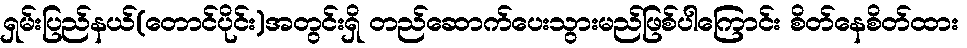
ရှမ်းပြည်နယ်(တောင်ပိုင်း)အတွင်းရှိ တည်ဆောက်ပေးသွားမည်ဖြစ်ပါကြောင်း စိတ်နေစိတ်ထား